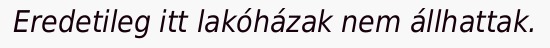
Eredetileg itt lakóházak nem állhattak.